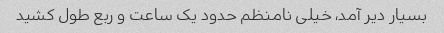
بسیار دیر آمد، خیلی نامنظم حدود یک ساعت و ربع طول کشید